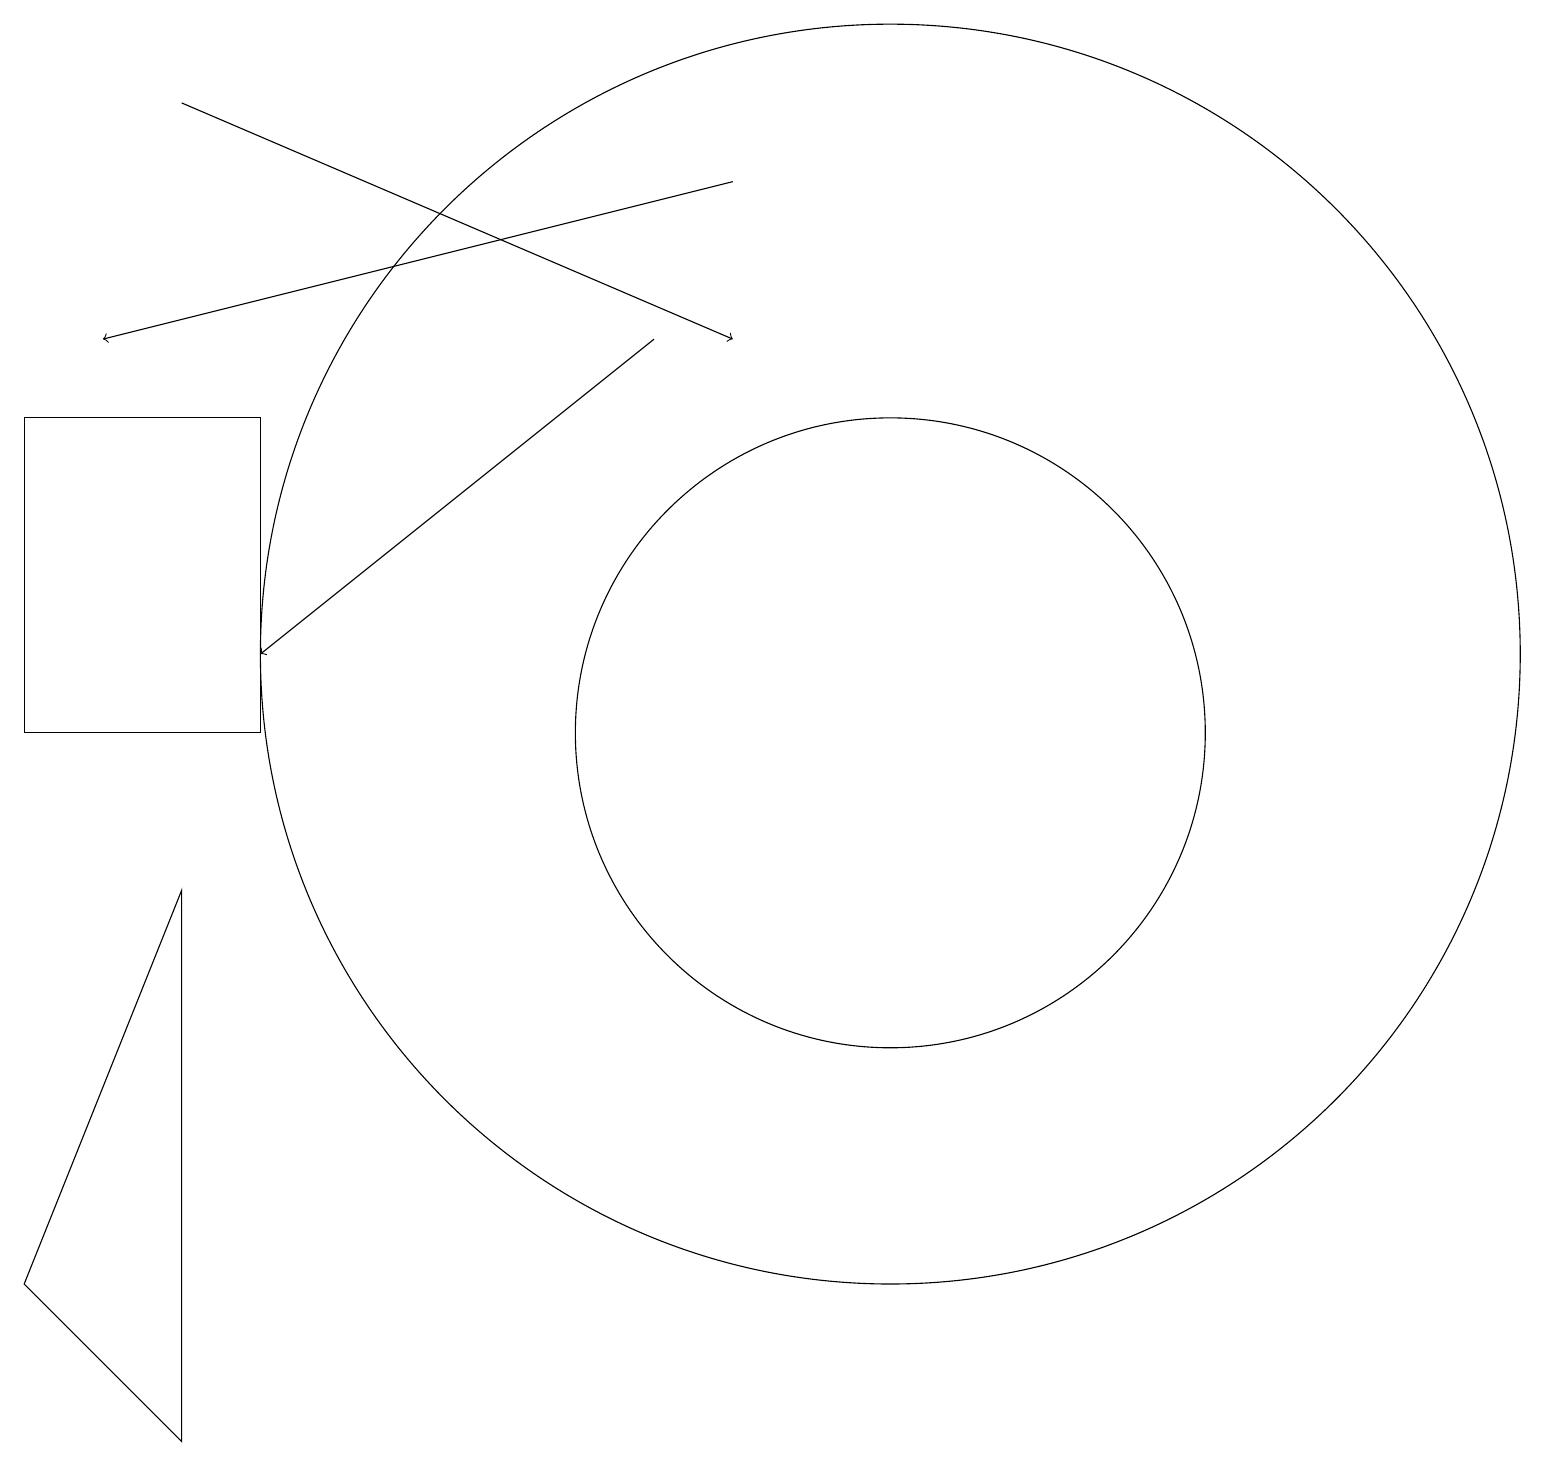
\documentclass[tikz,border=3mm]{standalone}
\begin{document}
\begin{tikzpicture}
\draw (11,11) circle (8);
\draw (11,10) circle (4);
\draw (2,1) -- (0,3) -- (2,8) -- cycle;
\draw[->] (9,17) -- (1,15);
\draw[->] (8,15) -- (3,11);
\draw[->] (2,18) -- (9,15);
\draw (3,10) rectangle (0,14);
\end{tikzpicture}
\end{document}